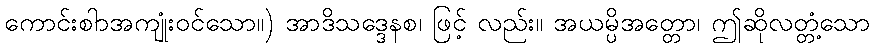
ကောင်းစါာအကျုံးဝင်သော။) အာဒိသဒ္ဒေနစ၊ ဖြင့် လည်း။ အယမ္ပိအတ္တော၊ ဤဆိုလတ္တံ့သော